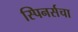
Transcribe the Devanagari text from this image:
स्पिनर्सचा